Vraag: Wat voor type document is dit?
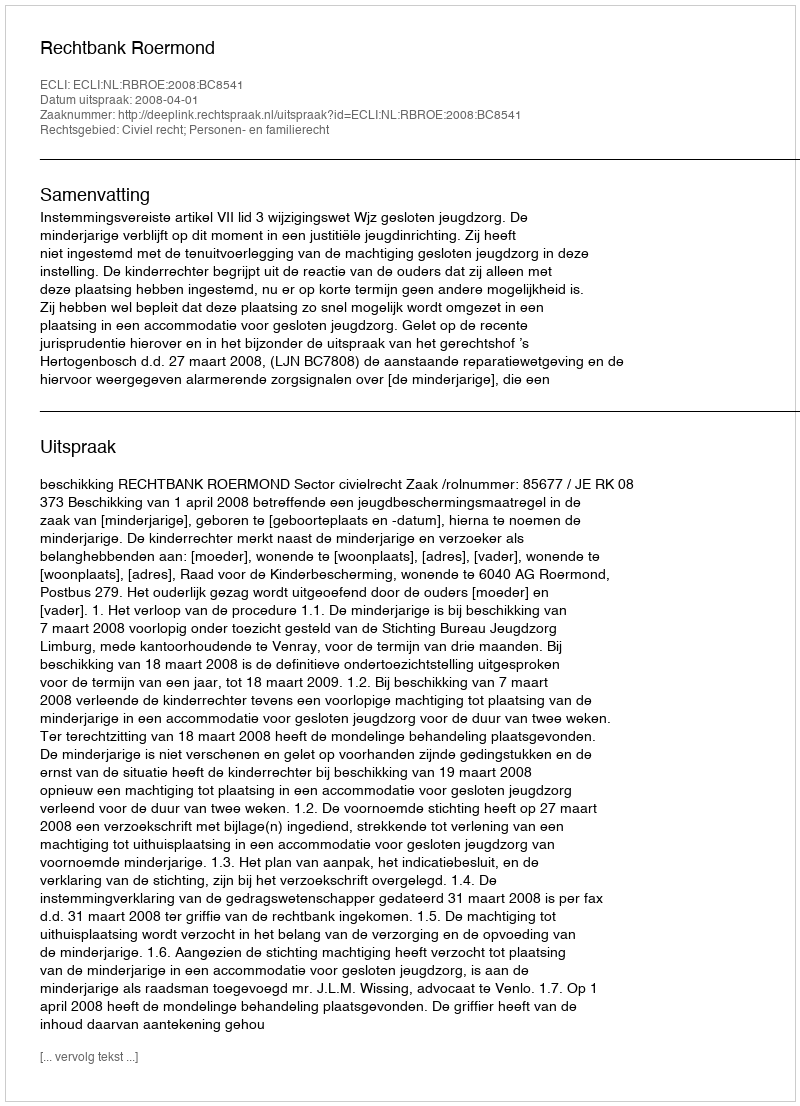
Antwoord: Uitspraak